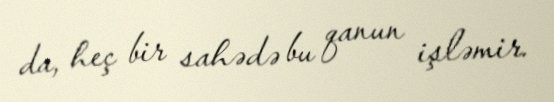
da, heç bir sahədə bu qanun işləmir.